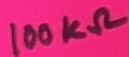
Text: 100KΩ